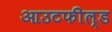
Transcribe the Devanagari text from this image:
आउटफील्‍ड